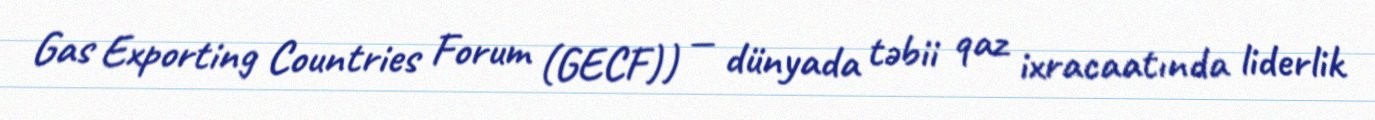
Gas Exporting Countries Forum (GECF)) — dünyada təbii qaz ixracaatında liderlik